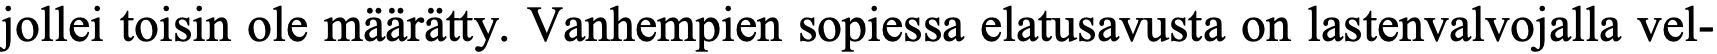
jollei toisin ole määrätty. Vanhempien sopiessa elatusavusta on lastenvalvojalla vel-